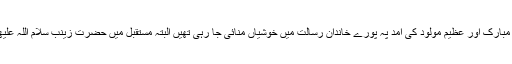
حضرت زینب سلام اللہ علیھا کی ولادت باسعادت کے موقع پہ اس مبارک اور عظیم مولود کی آمد پہ پورے خاندان رسالت میں خوشیاں منائی جا رہی تھیں البتہ مستقبل میں حضرت زینب سلام اللہ علیھا پہ ہونے والے مظالم کی وجہ سے ایک پریشانی بھی موجود تھی۔